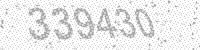
Solution: 339430